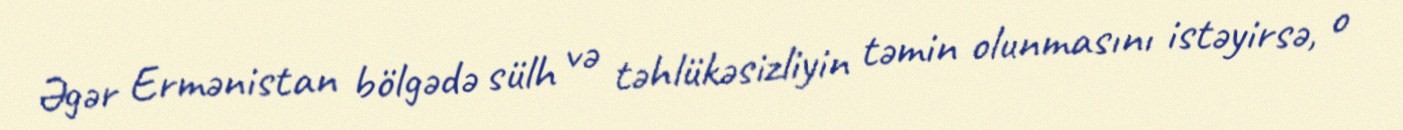
Əgər Ermənistan bölgədə sülh və təhlükəsizliyin təmin olunmasını istəyirsə, o